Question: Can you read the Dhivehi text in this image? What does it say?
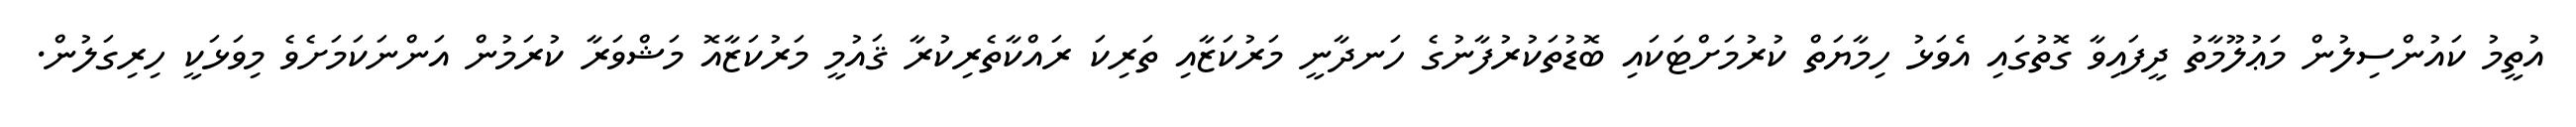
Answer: އުތީމު ކައުންސިލުން މަޢުލޫމާތު ދީފައިވާ ގޮތުގައި އެވަޅު ހިމާޔަތް ކުރުމަށްޓަކައި ބޮޑުތަކުރުފާނުގެ ހަނދާނީ މަރުކަޒާއި ތަރިކަ ރައްކާތެރިކުރާ ޤައުމީ މަރުކަޒާއޮ މަޝްވަރާ ކުރަމުން އަންނަކަމަށެވެ މިވަޅަކީ ހިރިގަލުން.